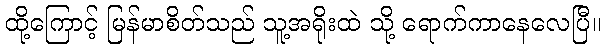
ထို့ကြောင့် မြန်မာစိတ်သည် သူ့အရိုးထဲ သို့ ရောက်ကာနေလေပြီ။